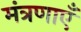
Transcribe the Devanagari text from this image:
मंत्रणाएँ